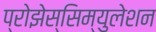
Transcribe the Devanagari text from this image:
प्रोझेस्सिम्युलेशन